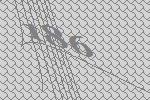
186